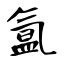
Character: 氲